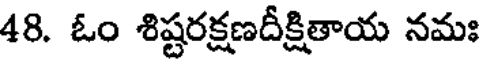
48. ఓం శిష్టరక్షణదీక్షితాయ నమః